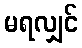
မရလျှင်